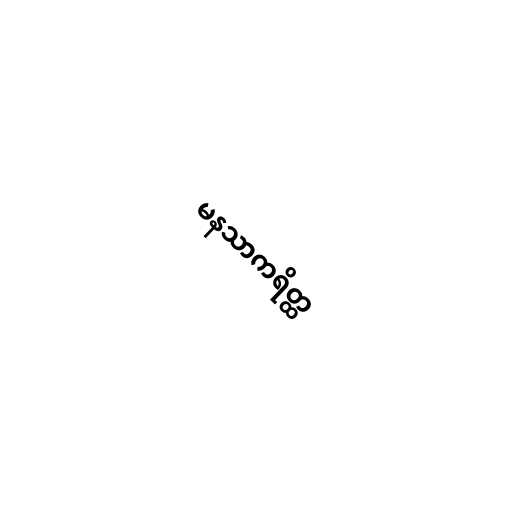
မနသာကရိတ္ထ